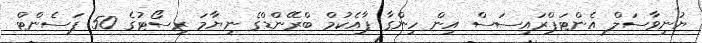
ޔުނިވާސަލް އެންޓަޕްރައިސަސް އިން ހިންގާ ޕާއެކުމް ބްރޭންޑްގެ ނިޔާމަ ރިސޯޓުގެ 50 ޕަސެންޓް